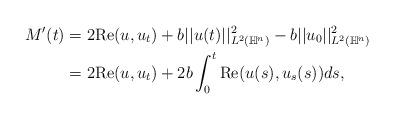
LaTeX: \begin{align*}M'(t) &= 2 {\rm Re}(u,u_t) +b||u(t)||^2_{L^2(\mathbb{H}^n)}-b||u_0||^2_{L^2(\mathbb{H}^n)} \\&=2 {\rm Re}(u,u_t) +2b \int_{0}^t {\rm Re}(u(s),u_s(s))ds,\end{align*}